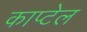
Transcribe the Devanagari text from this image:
काप्टेल